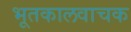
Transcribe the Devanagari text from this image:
भूतकालवाचक